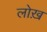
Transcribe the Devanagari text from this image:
लोख़